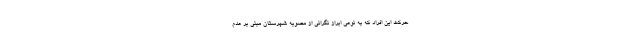
حرکت این افراد که به نوعی ابراز نگرانی از مصوبه شهرستان مبنی بر عدم